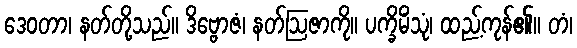
ဒေဝတာ၊ နတ်တို့သည်။ ဒိဗ္ဗောဇံ၊ နတ်ဩဇာကို။ ပက္ခိမိံသုံ၊ ထည့်ကုန်၏။ တံ၊